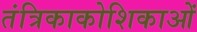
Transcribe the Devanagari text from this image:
तंत्रिकाकोशिकाओं